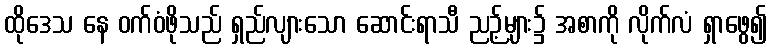
ထိုဒေသ နေ ဝက်ဝံဖိုသည် ရှည်လျားသော ဆောင်းရာသီ ညဉ့်များ၌ အစာကို လိုက်လံ ရှာဖွေ၍